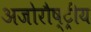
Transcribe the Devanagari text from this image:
अजोरौष्ट्रीय